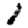
Digit: 1